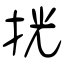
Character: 挄